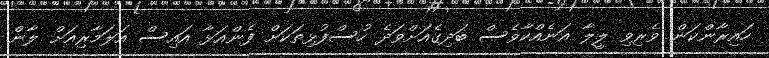
ހައިރާންކަން ވެރިވި ލީލާ އަނެއްކާވެސް ބަދިގެއަށްވަދެ ހުސްފުޅިތަކަށް ފެންއަޅާ އައިސް އަލަމާރިއަށް ލާން